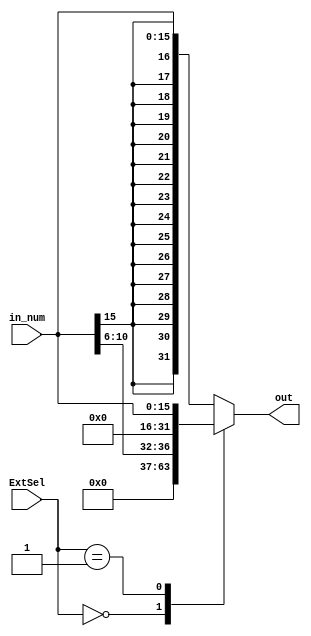
module Extend(input [15:0] in_num,  
              input [1:0] ExtSel,  
                  output reg [31:0] out);  
                    
    always @(in_num or ExtSel) begin  
        case(ExtSel)  
            2'b00: out <= {{27{0}}, in_num[10:6]}; //  sa  
            2'b01: out <= {{16{0}}, in_num[15:0]}; //   oriָ  
            2'b10: out <= {{16{in_num[15]}}, in_num[15:0]}; // addilwswbeqָ  
            default: out <= {{16{in_num[15]}}, in_num[15:0]}; // ĬϷչ  
        endcase  
    end  
  
endmodule